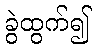
ခွဲထွက်၍